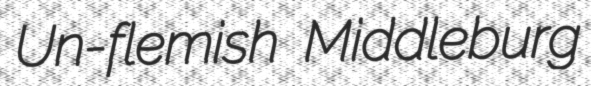
Un-flemish Middleburg